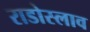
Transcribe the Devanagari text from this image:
राडोस्लाव